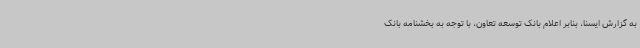
به گزارش ایسنا، بنابر اعلام بانک توسعه تعاون، با توجه به بخشنامه بانک